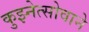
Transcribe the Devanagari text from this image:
कुझ्नेत्सोवाने